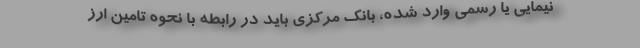
نیمایی یا رسمی وارد شده، بانک مرکزی باید در رابطه با نحوه تامین ارز